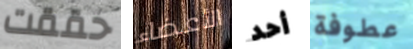
حققت الأعضاء أحد عطوفة